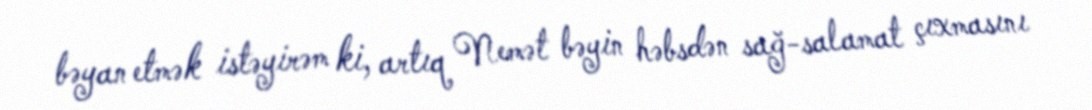
bəyan etmək istəyirəm ki, artıq Nemət bəyin həbsdən sağ-salamat çıxmasını